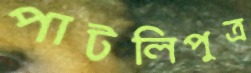
পাটলিপুত্র